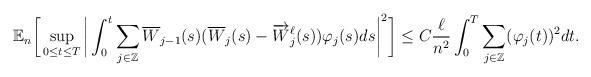
LaTeX: \begin{align*}\begin{aligned} \mathbb{E}_n \bigg[ \sup_{ 0 \le t \le T } \bigg| \int_0^t \sum_{ j \in \mathbb{Z} } \overline{ W }_{ j -1 } ( s ) ( \overline{W}_j ( s ) - \overrightarrow{W}^\ell_j ( s ) ) \varphi_j (s) ds \bigg|^2 \bigg] \le C \frac{ \ell }{ n^2 } \int_0^T \sum_{ j \in \mathbb{Z} } ( \varphi_j (t ) )^2 dt .\end{aligned}\end{align*}